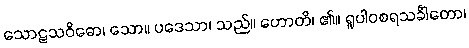
သောဠသဝိဓော၊ သော။ ပဒေသာ၊ သည်။ ဟောတိ၊ ၏။ ရူပါဝစရသင်္ခါတော၊